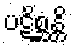
ပဋိစ္ဆန္တိ